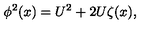
\phi ^ { 2 } ( x ) = U ^ { 2 } + 2 U \zeta ( x ) ,